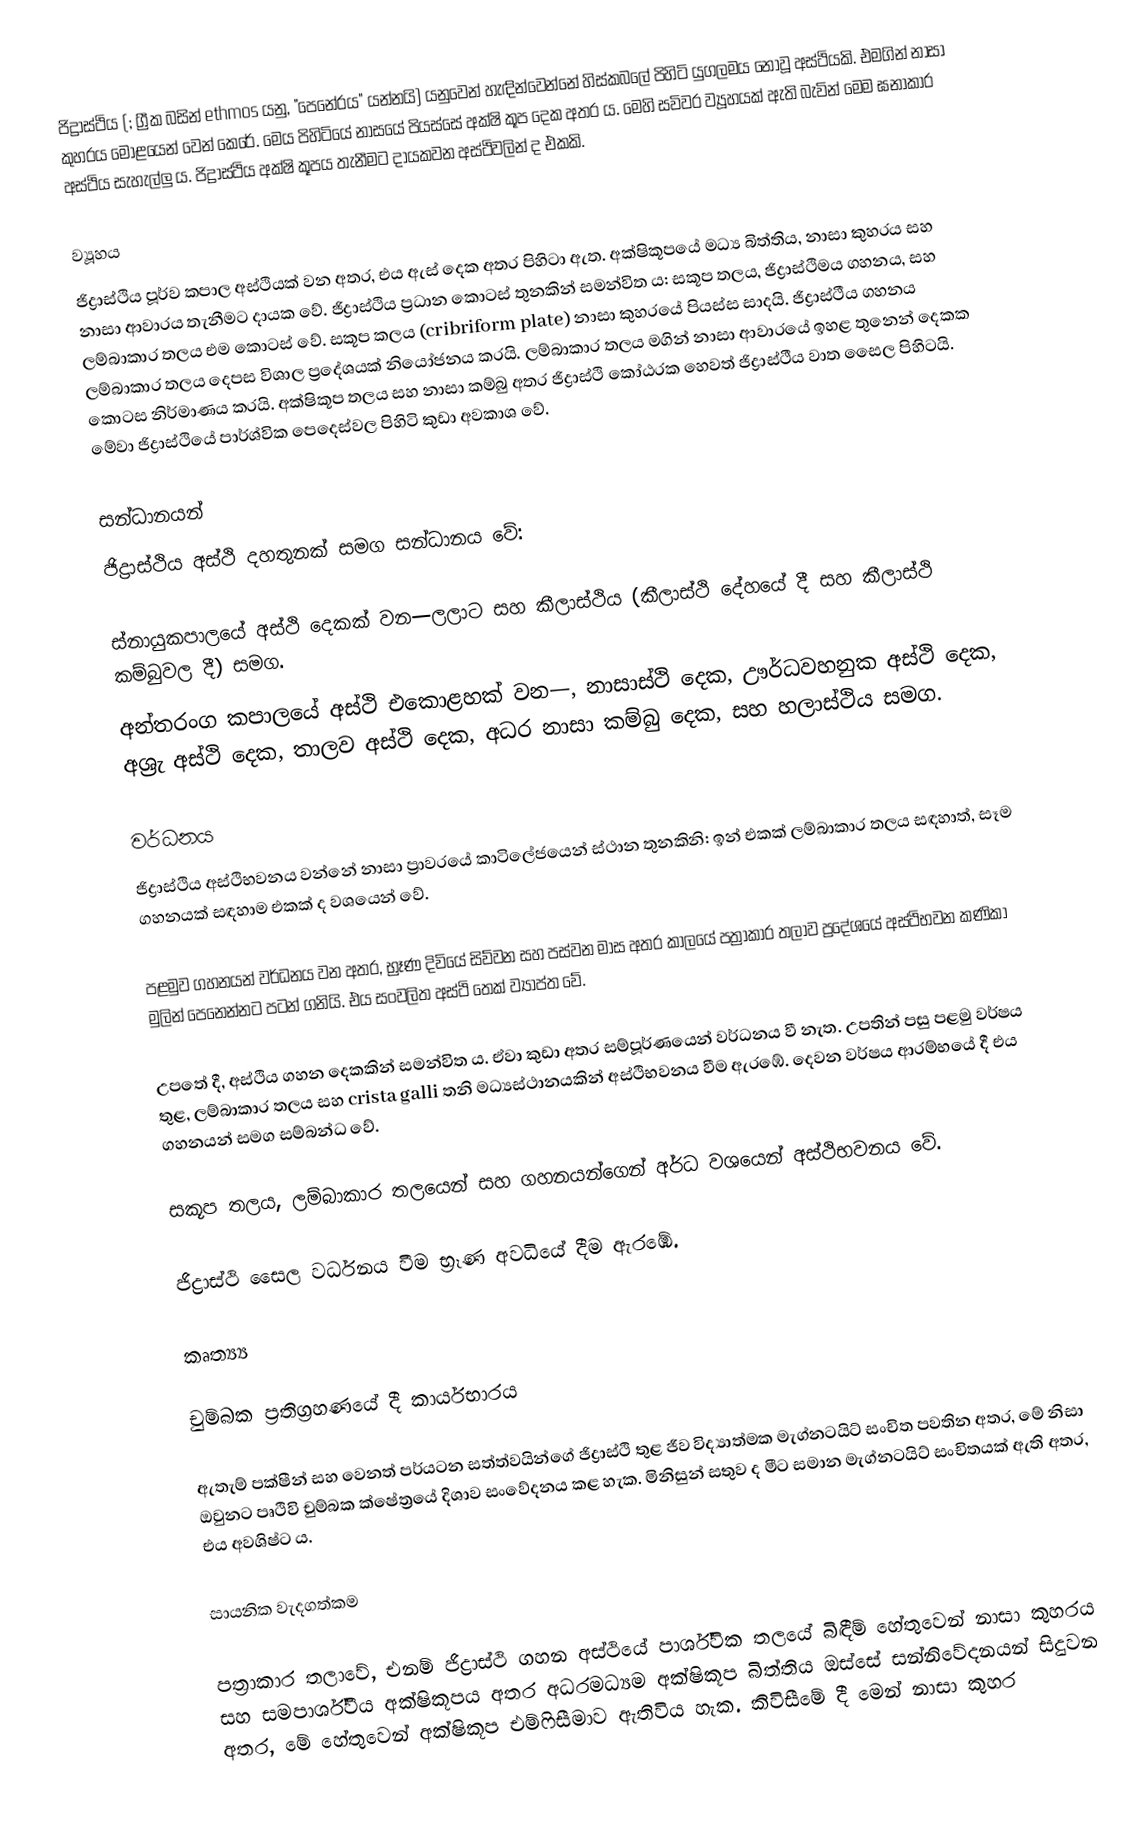
ජිද්‍රාස්ථිය (; ග්‍රීක බසින් ethmos යනු, "පෙනේරය" යන්නයි) යනුවෙන් හැඳින්වෙන්නේ හිස්කබලේ පිහිටි යුගලමය නොවූ අස්ථියකි. එමගින් නාසා කුහරය මොළයෙන් වෙන් කෙරේ. මෙය පිහිටියේ නාසයේ පියස්සේ අක්ෂි කූප දෙක අතර ය. මෙහි සවිවර ව්‍යූහයක් ඇති බැවින් මෙම ඝනාකාර අස්ථිය සැහැල්ලු ය. ජිද්‍රාස්ථිය අක්ෂි කූපය තැනීමට දායකවන අස්ථිවලින් ද එකකි.

ව්‍යූහය
ජිද්‍රාස්ථිය පූර්ව කපාල අස්ථියක් වන අතර, එය ඇස් දෙක අතර පිහිටා ඇත. අක්ෂිකූපයේ මධ්‍ය බිත්තිය, නාසා කුහරය සහ නාසා ආවාරය තැනීමට දායක වේ. ජිද්‍රාස්ථිය ප්‍රධාන කොටස් තුනකින් සමන්විත ය: සකූප තලය, ජිද්‍රාස්ථිමය ගහනය, සහ ලම්බාකාර තලය එම කොටස් වේ. සකූප කලය (cribriform plate) නාසා කුහරයේ පියස්ස සාදයි. ජිද්‍රාස්ථීය ගහනය ලම්බාකාර තලය දෙපස විශාල ප්‍රදේශයක් නියෝජනය කරයි. ලම්බාකාර තලය මගින් නාසා ආවාරයේ ඉහළ තුනෙන් දෙකක කොටස නිර්මාණය කරයි. අක්ෂිකූප තලය සහ නාසා කම්බු අතර ජිද්‍රාස්ථි කෝඨරක හෙවත් ජිද්‍රාස්ථීය වාත සෛල පිහිටයි. මේවා ජිද්‍රාස්ථියේ පාර්ශ්වික පෙදෙස්වල පිහිටි කුඩා අවකාශ වේ.

සන්ධානයන්
ජිද්‍රාස්ථිය අස්ථි දහතුනක් සමග සන්ධානය වේ:

 ස්නායුකපාලයේ අස්ථි දෙකක් වන—ලලාට සහ කීලාස්ථිය (කීලාස්ථි දේහයේ දී සහ කීලාස්ථි කම්බුවල දී) සමග.
 අන්තරංග කපාලයේ අස්ථි එකොළහක් වන—, නාසාස්ථි දෙක, ඌර්ධවහනුක අස්ථි දෙක, අශ්‍රැ අස්ථි දෙක, තාලව අස්ථි දෙක, අධර නාසා කම්බු දෙක, සහ හලාස්ථිය සමග.

වර්ධනය
ජිද්‍රාස්ථිය අස්ථිභවනය වන්නේ නාසා ප්‍රාවරයේ කාටිලේජයෙන් ස්ථාන තුනකිනි: ඉන් එකක් ලම්බාකාර තලය සඳහාත්, සෑම ගහනයක් සඳහාම එකක් ද වශයෙන් වේ.

පළමුව ගහනයන් වර්ධනය වන අතර, භ්‍රෑණ දිවියේ සිව්වන සහ පස්වන මාස අතර කාලයේ පත්‍රාකාර තලාව ප්‍රදේශයේ අස්ථිභවන කණිකා මුලින් පෙනෙන්නට පටන් ගනියි. එය සංවලිත අස්ථි තෙක් ව්‍යාප්ත වේ.

උපතේ දී, අස්ථිය ගහන දෙකකින් සමන්විත ය. ඒවා කුඩා අතර සම්පූර්ණයෙන් වර්ධනය වී නැත. උපතින් පසු පළමු වර්ෂය තුළ, ලම්බාකාර තලය සහ crista galli තනි මධ්‍යස්ථානයකින් අස්ථිභවනය වීම ඇරඹේ. දෙවන වර්ෂය ආරම්භයේ දී එය ගහනයන් සමග සම්බන්ධ වේ.

සකූප තලය, ලම්බාකාර තලයෙන් සහ ගහනයන්ගෙන් අර්ධ වශයෙන් අස්ථිභවනය වේ.

ජිද්‍රාස්ථි සෛල වර්ධනය වීම භ්‍රෑණ අවධියේ දීම ඇරඹේ.

කෘත්‍ය්‍ය

චුම්බක ප්‍රතිග්‍රහණයේ දී කාර්යභාරය

ඇතැම් පක්ෂීන් සහ වෙනත් පර්යටන සත්ත්වයින්ගේ ජිද්‍රාස්ථි තුළ ජීව විද්‍යාත්මක මැග්නටයිට් සංචිත පවතින අතර, මේ නිසා ඔවුනට පෘථිවි චුම්බක ක්ෂේත්‍රයේ දිශාව සංවේදනය කළ හැක. මිනිසුන් සතුව ද මීට සමාන මැග්නටයිට් සංචිතයක් ඇති අතර, එය අවශිෂ්ට ය.

සායනික වැදගත්කම

පත්‍රාකාර තලාවේ, එනම් ජිද්‍රාස්ථි ගහන අස්ථියේ පාර්ශ්වික තලයේ බිඳීම් හේතුවෙන් නාසා කුහරය සහ සමපාර්ශ්වීය අක්ෂිකූපය අතර අධරමධ්‍යම අක්ෂිකූප බිත්තිය ඔස්සේ සන්නිවේදනයන් සිදුවන අතර, මේ හේතුවෙන් අක්ෂිකූප එම්ෆිසීමාව ඇතිවිය හැක. කිවිසීමේ දී මෙන් නාසා කුහර